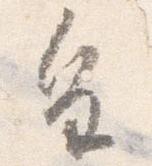
皇